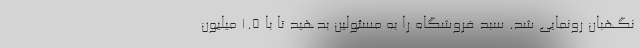
نگهبان رونمایی شد. سبد فروشگاه را به مسئولین بدهید تا با 1.5 میلیون